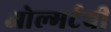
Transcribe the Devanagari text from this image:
ओल्मर्टची